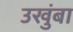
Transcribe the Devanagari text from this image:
उखुंबा